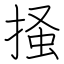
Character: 掻